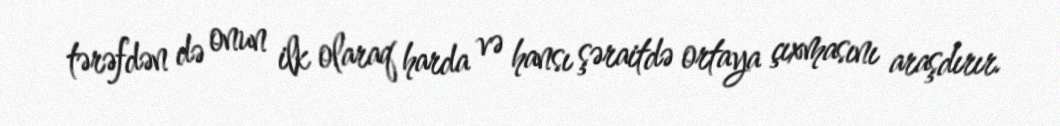
tərəfdən də onun ilk olaraq harda və hansı şəraitdə ortaya çıxmasını araşdırır.